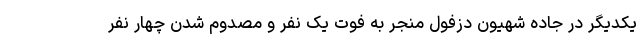
یکدیگر در جاده شهیون دزفول منجر به فوت یک نفر و مصدوم شدن چهار نفر